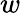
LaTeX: w